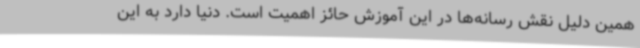
همین دلیل نقش رسانه‌ها در این آموزش حائز اهمیت است. دنیا دارد به این